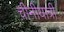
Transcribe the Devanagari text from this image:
चीनीयात्री